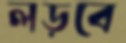
লড়বে